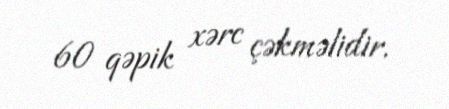
60 qəpik xərc çəkməlidir.